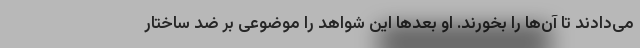
می‌دادند تا آن‌ها را بخورند. او بعدها این شواهد را موضوعی بر ضد ساختار